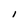
Character: I